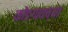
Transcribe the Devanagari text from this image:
कोंडगावच्या